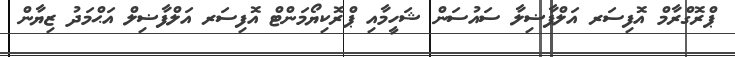
ޕްރޮގްރާމް އޮފިސަރ އަލްފާޟިލާ ސައުސަން ޝަހީމާއި ޕްރޮކިޔޯމަންޓް އޮފިސަރ އަލްފާޟިލް އަޙްމަދު ޒިޔާން